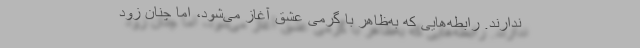
ندارند. رابطه‌هایی که به‌ظاهر با گرمی عشق آغاز می‌شود، اما چنان زود